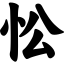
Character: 忪